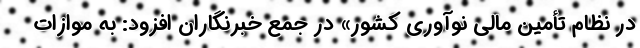
در نظام تأمین مالی نوآوری کشور» در جمع خبرنگاران افزود: به موازات